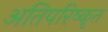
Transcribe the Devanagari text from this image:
अतिपरिष्कृत